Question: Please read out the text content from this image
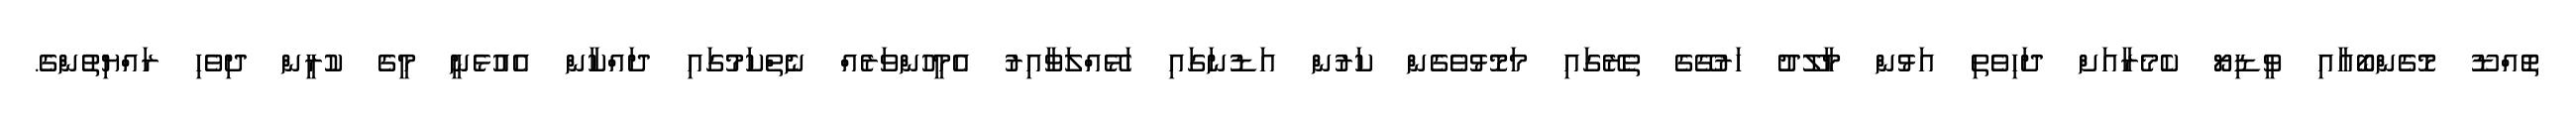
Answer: ތޮއްޑޫ މޮގެންބޯއާއި ވީޑިޔޯ ކެމެރާއަށް ދަހިވެތި އަޅުން މާލޫދު ހަރުގޭގެ ތެރޭގައި މަމޮޅުވެގެން ކަރުން އަޑުނަގައި ހަޅޭއްލަވާއިރު އެމީހުންވަރެއް ނެތްކަމުގައި ދައްކާން އެއުޅެނީ މީގެ ކުރީން ދިވެހި ރައްޔިތުންގެ.